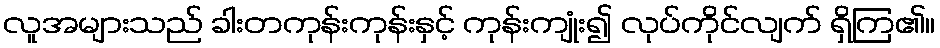
လူအများသည် ခါးတကုန်းကုန်းနှင့် ကုန်းကျုံး၍ လုပ်ကိုင်လျက် ရှိကြ၏။